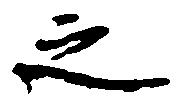
之